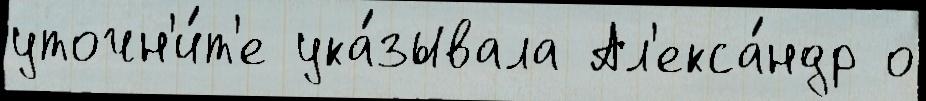
уточн'и́т'е ука́зывала Ал'екса́ндр о